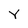
Character: Y